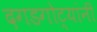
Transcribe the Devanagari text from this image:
दगडगोट्यांनी